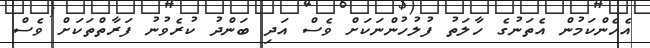
އެހެންކަމުން އެތަނުގެ ހާލަތު ފުލުހުންނަކަށް ވެސް އަދި ބަންދު ކުރެވުނު ފަރާތްތަކަށް ވެސް